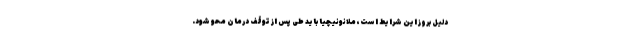
دلیل بروز این شرایط است، ملانونیچیا باید طی پس از توقف درمان محو شود.